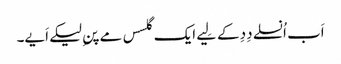
اَب اُنسلے دِدِ کے لِیے ایک گلسس مے پنِ لیکے اَیے۔